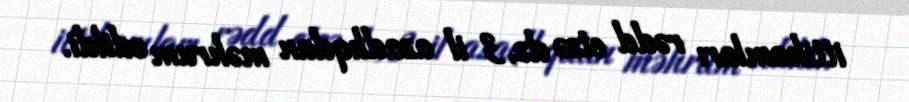
ittihamları rədd etsə də, 3 il azadlıqdan məhrum edildi.